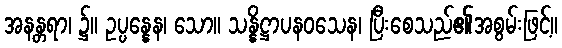
အနန္တရာ၊ ၌။ ဥပ္ပန္နေန၊ သော။ သန္နိဋ္ဌာပနဝသေန၊ ပြီးစေသည်၏အစွမ်းဖြင့်။